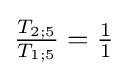
{\tfrac {T_{2;5}}{T_{1;5}}}={\tfrac {1}{1}}